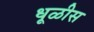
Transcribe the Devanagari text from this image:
धूळीस